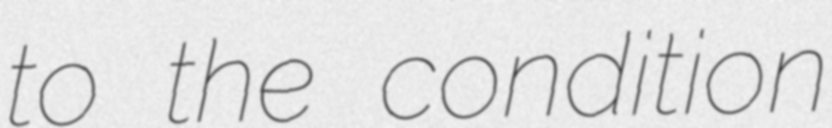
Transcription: to the condition